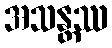
အသန္တဿ